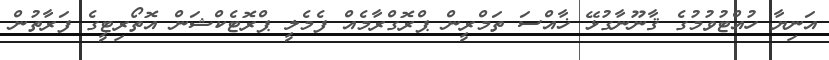
އަނިޔާ ހުއްޓުވުމުގެ ޤާނޫނާގުޅޭ ޚާއްސަ ތަމްރީން ޕްރޮގްރާމެއް ފެމެލީ ޕްރޮޓެކްޝަން އޮތޯރިޓީގެ ފަރާތުން